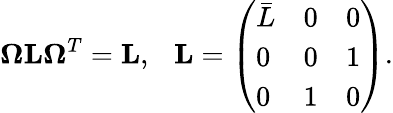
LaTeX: {\mathbf\Omega}{\mathbf L}{\mathbf\Omega}^{T}={\mathbf L},\ \ \ {\mathbf L}=\left(\begin{array}{lll}{{\bar{L}}}&{{0}}&{{0}}\\ {{0}}&{{0}}&{{1}}\\ {{0}}&{{1}}&{{0}}\end{array}\right).